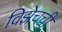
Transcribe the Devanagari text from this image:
विझेचची